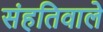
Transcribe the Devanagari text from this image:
संहतिवाले